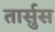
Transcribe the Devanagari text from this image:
तार्सुस